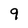
Character: 9